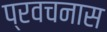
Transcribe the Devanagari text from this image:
प्रवचनास